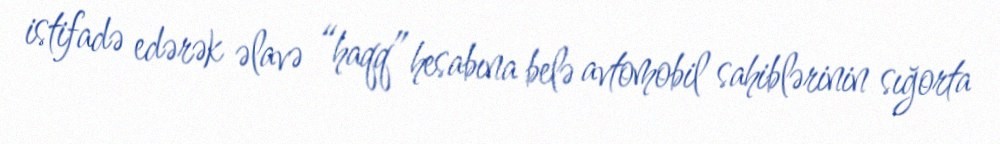
istifadə edərək əlavə “haqq” hesabına belə avtomobil sahiblərinin sığorta